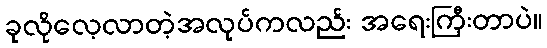
ခုလိုလေ့လာတဲ့အလုပ်ကလည်း အရေးကြီးတာပဲ။